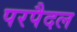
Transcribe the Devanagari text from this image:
परपैदल